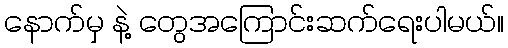
နောက်မှ နဲ့ တွေအကြောင်းဆက်ရေးပါမယ်။